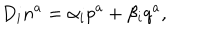
LaTeX: D _ { i } n ^ { a } = \alpha _ { i } p ^ { a } + \beta _ { i } q ^ { a } ,